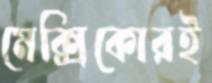
মেক্সিকোরই